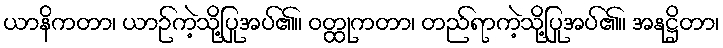
ယာနိကတာ၊ ယာဉ်ကဲ့သို့ပြုအပ်၏။ ဝတ္ထုကတာ၊ တည်ရာကဲ့သို့ပြုအပ်၏။ အနုဋ္ဌိတာ၊